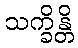
သက္ခိန္တိ